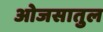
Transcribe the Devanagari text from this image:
ओजसातुल